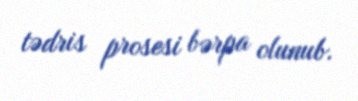
tədris prosesi bərpa olunub.